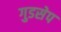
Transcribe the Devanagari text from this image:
गुडसेप